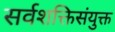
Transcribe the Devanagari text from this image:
सर्वशक्तिसंयुक्त